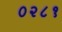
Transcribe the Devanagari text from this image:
०२८१